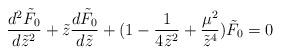
LaTeX: \begin{align*}\frac{d^2\tilde F_0}{d\tilde z^2}+\tilde z\frac{d\tilde F_0}{d\tilde z}+(1-\frac{1}{4\tilde z^2}+\frac{\mu^{2}}{\tilde z^{4}})\tilde F_0=0\end{align*}